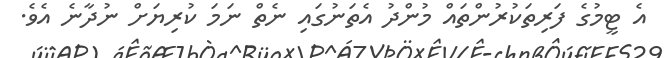
އެ ޓީމުގެ ފަރިތަކުރުންތައް މުންދު އެތަނުގައި ނެތް ނަމަ ކުރިޔަށް ނުދާނެ އެވެ.